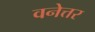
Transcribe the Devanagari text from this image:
वनेत्तर